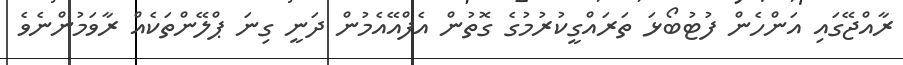
ރާއްޖޭގައި އަންހެން ފުޓުބޯޅަ ތަރައްގީކުރުމުގެ ގޮތުން އެފްއޭއެމުން ދަނީ ގިނަ ޕްލޭންތަކެއް ރާވަމުންނެވެ